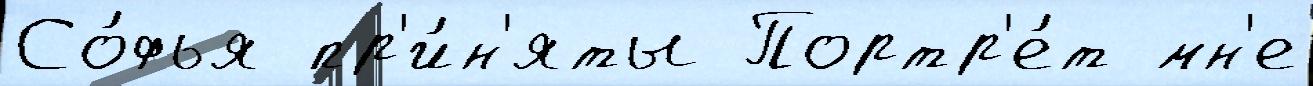
Со́фья пр'и́н'яты Портр'е́т мн'е